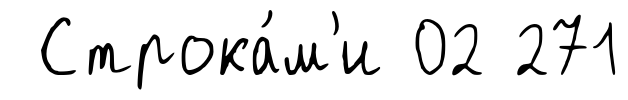
Строка́м'и 02 271